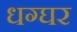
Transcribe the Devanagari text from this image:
धग्घर